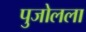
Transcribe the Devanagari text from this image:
पुजोलला